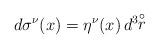
LaTeX: \begin{align*}d\sigma^{\nu}(x) = \eta^{\nu}(x)\,d^3\!\!\stackrel{\circ}{r}\end{align*}